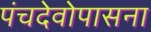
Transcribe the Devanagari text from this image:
पंचदेवोपासना